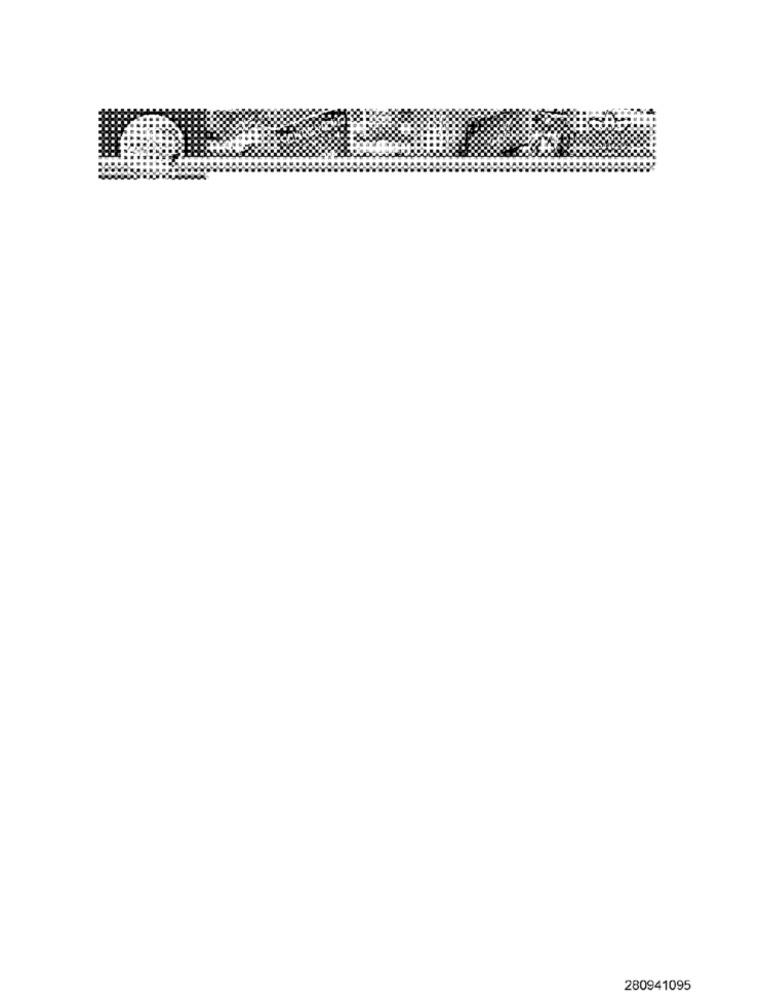
280941095